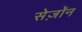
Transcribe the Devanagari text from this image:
सेज़ॉन